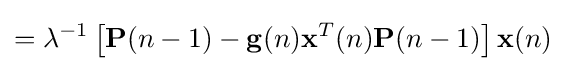
=\lambda ^{-1}\left[\mathbf {P} (n-1)-\mathbf {g} (n)\mathbf {x} ^{T}(n)\mathbf {P} (n-1)\right]\mathbf {x} (n)